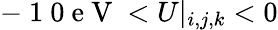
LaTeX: -\mathrm{~1~0~e~V~}<U|_{i,j,k}<0